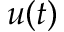
u ( t )